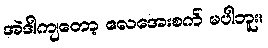
အဲဒါကျတော့ လေအေးစက် မပါဘူး။